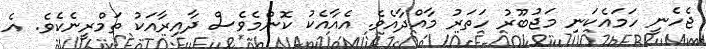
ޖެހެނީ ހަމައެކަނި މަޖުބޫރު ހަތަރު މާއްދާއެވެ. އެއާއެކު ކޮންމެވެސް ދާއިރާއަކު ތަމްރީނެކެވެ. އެ